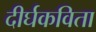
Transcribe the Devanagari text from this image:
दीर्घकविता